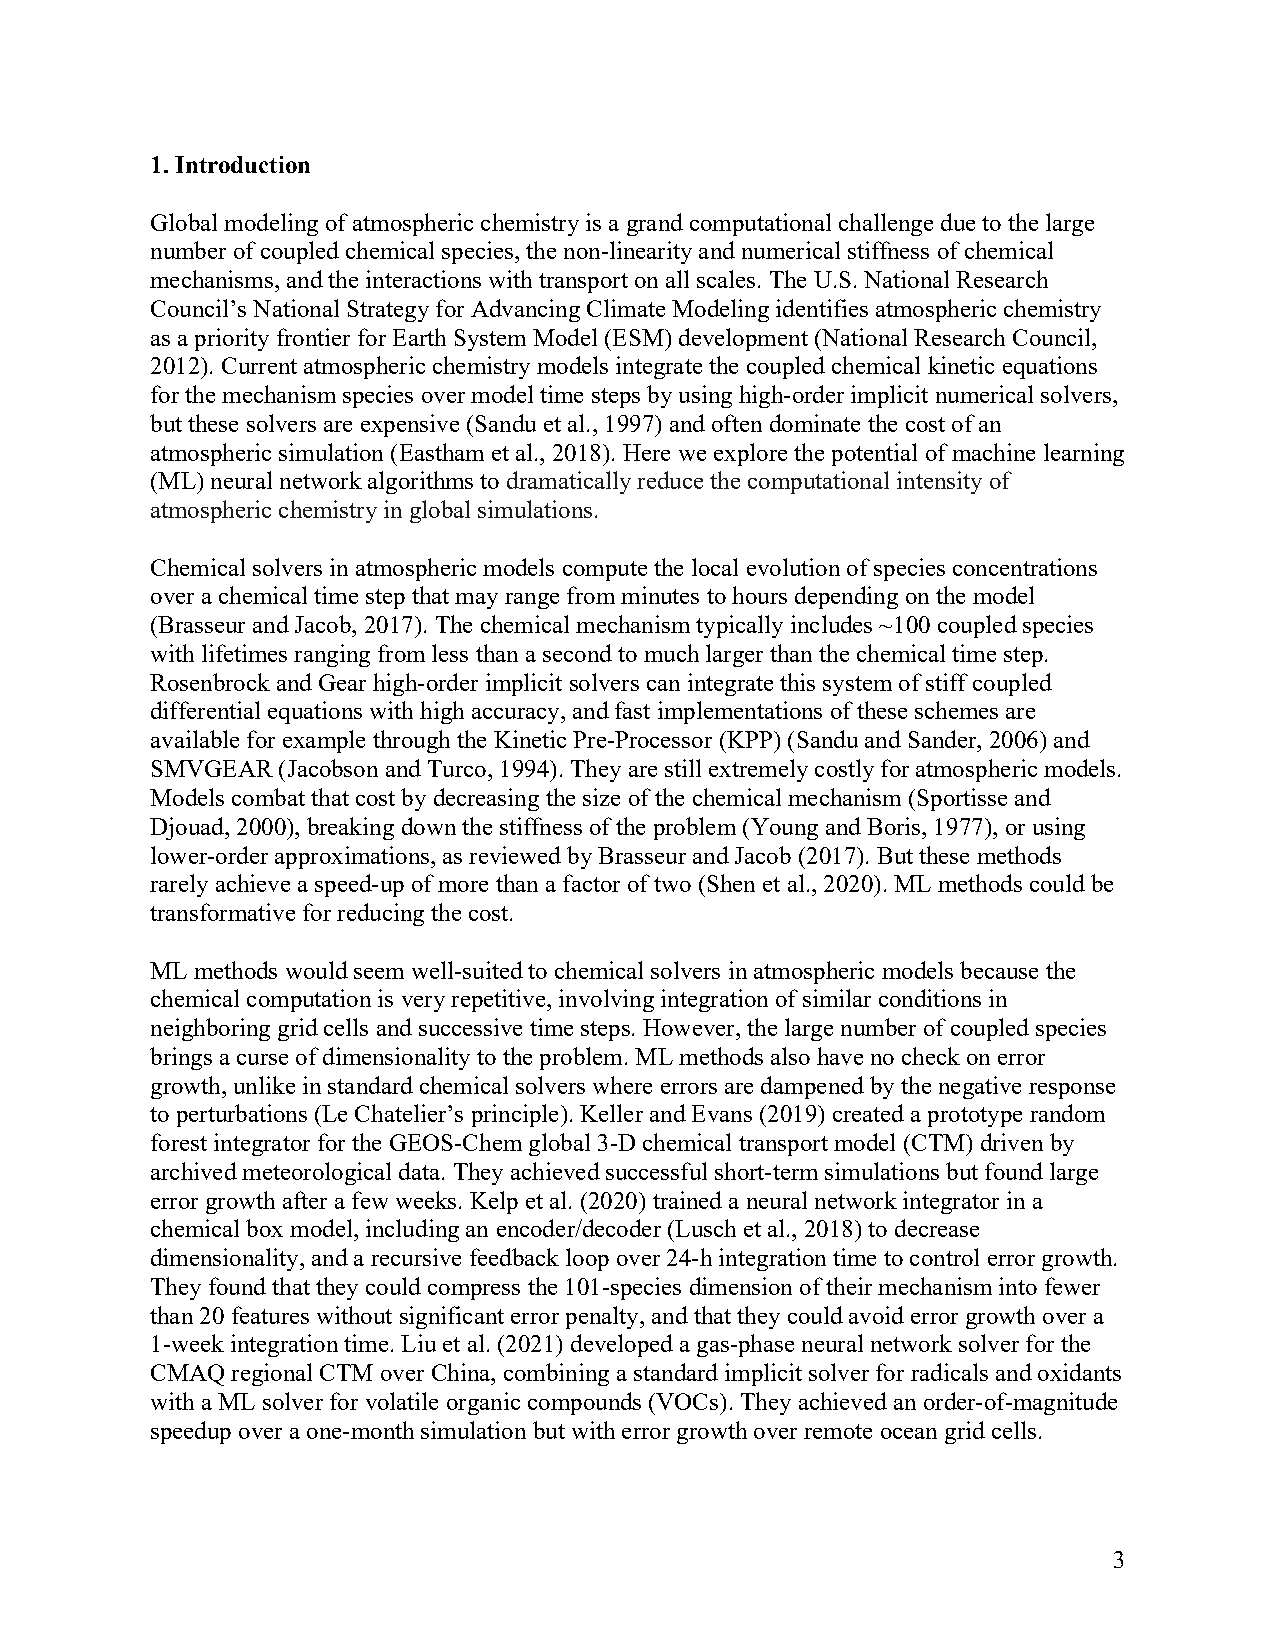
1. Introduction
 Global modeling of atmospheric chemistry is a grand computational challenge due to the large
 number of coupled chemical species, the non-linearity and numerical stiffness of chemical
 mechanisms, and the interactions with transport on all scales. The U.S. National Research
 Council’s National Strategy for Advancing Climate Modeling identifies atmospheric chemistry
 as a priority frontier for Earth System Model (ESM) development (National Research Council,
 2012). Current atmospheric chemistry models integrate the coupled chemical kinetic equations
 for the mechanism species over model time steps by using high-order implicit numerical solvers,
 but these solvers are expensive (Sandu et al., 1997) and often dominate the cost of an
 atmospheric simulation (Eastham et al., 2018). Here we explore the potential of machine learning
 (ML) neural network algorithms to dramatically reduce the computational intensity of
 atmospheric chemistry in global simulations.
 Chemical solvers in atmospheric models compute the local evolution of species concentrations
 over a chemical time step that may range from minutes to hours depending on the model
 (Brasseur and Jacob, 2017). The chemical mechanism typically includes ~100 coupled species
 with lifetimes ranging from less than a second to much larger than the chemical time step.
 Rosenbrock and Gear high-order implicit solvers can integrate this system of stiff coupled
 differential equations with high accuracy, and fast implementations of these schemes are
 available for example through the Kinetic Pre-Processor (KPP) (Sandu and Sander, 2006) and
 SMVGEAR (Jacobson and Turco, 1994). They are still extremely costly for atmospheric models.
 Models combat that cost by decreasing the size of the chemical mechanism (Sportisse and
 Djouad, 2000), breaking down the stiffness of the problem (Young and Boris, 1977), or using
 lower-order approximations, as reviewed by Brasseur and Jacob (2017). But these methods
 rarely achieve a speed-up of more than a factor of two (Shen et al., 2020). ML methods could be
 transformative for reducing the cost.
 ML methods would seem well-suited to chemical solvers in atmospheric models because the
 chemical computation is very repetitive, involving integration of similar conditions in
 neighboring grid cells and successive time steps. However, the large number of coupled species
 brings a curse of dimensionality to the problem. ML methods also have no check on error
 growth, unlike in standard chemical solvers where errors are dampened by the negative response
 to perturbations (Le Chatelier’s principle). Keller and Evans (2019) created a prototype random
 forest integrator for the GEOS-Chem global 3-D chemical transport model (CTM) driven by
 archived meteorological data. They achieved successful short-term simulations but found large
 error growth after a few weeks. Kelp et al. (2020) trained a neural network integrator in a
 chemical box model, including an encoder/decoder (Lusch et al., 2018) to decrease
 dimensionality, and a recursive feedback loop over 24-h integration time to control error growth.
 They found that they could compress the 101-species dimension of their mechanism into fewer
 than 20 features without significant error penalty, and that they could avoid error growth over a
 1-week integration time. Liu et al. (2021) developed a gas-phase neural network solver for the
 CMAQ regional CTM over China, combining a standard implicit solver for radicals and oxidants
 with a ML solver for volatile organic compounds (VOCs). They achieved an order-of-magnitude
 speedup over a one-month simulation but with error growth over remote ocean grid cells.
 3